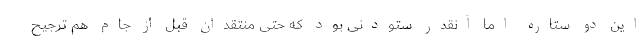
این دو ستاره اما آنقدر ستودنی بود که حتی منتقدان قبل از جام هم ترجیح